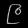
Digit: ၉